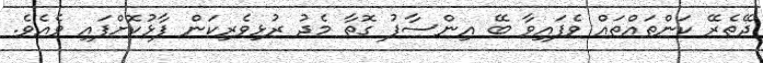
ދޭތެރޭ ކަންތައްތައް ވެފައިވާ ބޭ އިންސާފު ގޮތާ މެދު ރުޅިވެރިކަން ފާޅުކޮށްފައި ވެއެވެ.